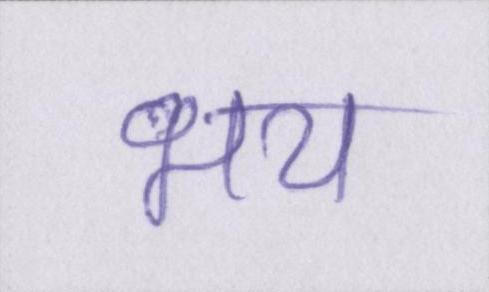
भय